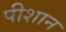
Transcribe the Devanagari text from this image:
पीशान